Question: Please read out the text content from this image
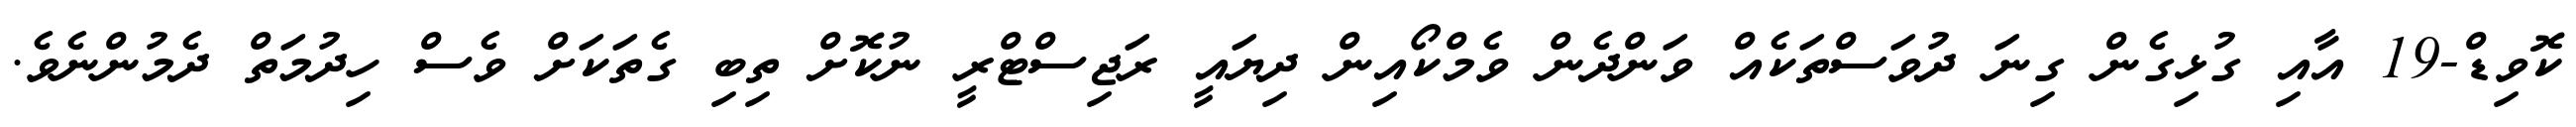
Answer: ކޮވިޑް-19 އާއި ގުޅިގެން ގިނަ ދުވަސްތަކެއް ވަންދެން ވެމްކޯއިން ދިޔައީ ރަޖިސްޓްރީ ނުކޮށް ތިބި ގެތަކަށް ވެސް ހިދުމަތް ދެމުންނެވެ.